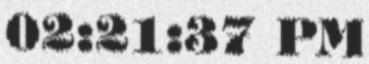
02:21:37 PM